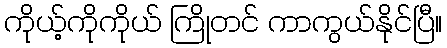
ကိုယ့်ကိုကိုယ် ကြိုတင် ကာကွယ်နိုင်ပြီ။